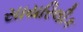
સાયરિલીક